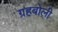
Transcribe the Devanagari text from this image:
ग्रहबोली